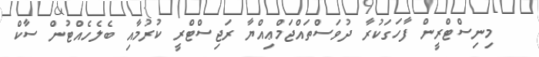
މިނިސްޓްރީން ފާހަގަކުރާ ދުވަސްތައްޖަމްޢިއްޔާ ރަޖިސްޓްރީ ކުރުމާއި ބެލެހެއްޓުން ސާކް